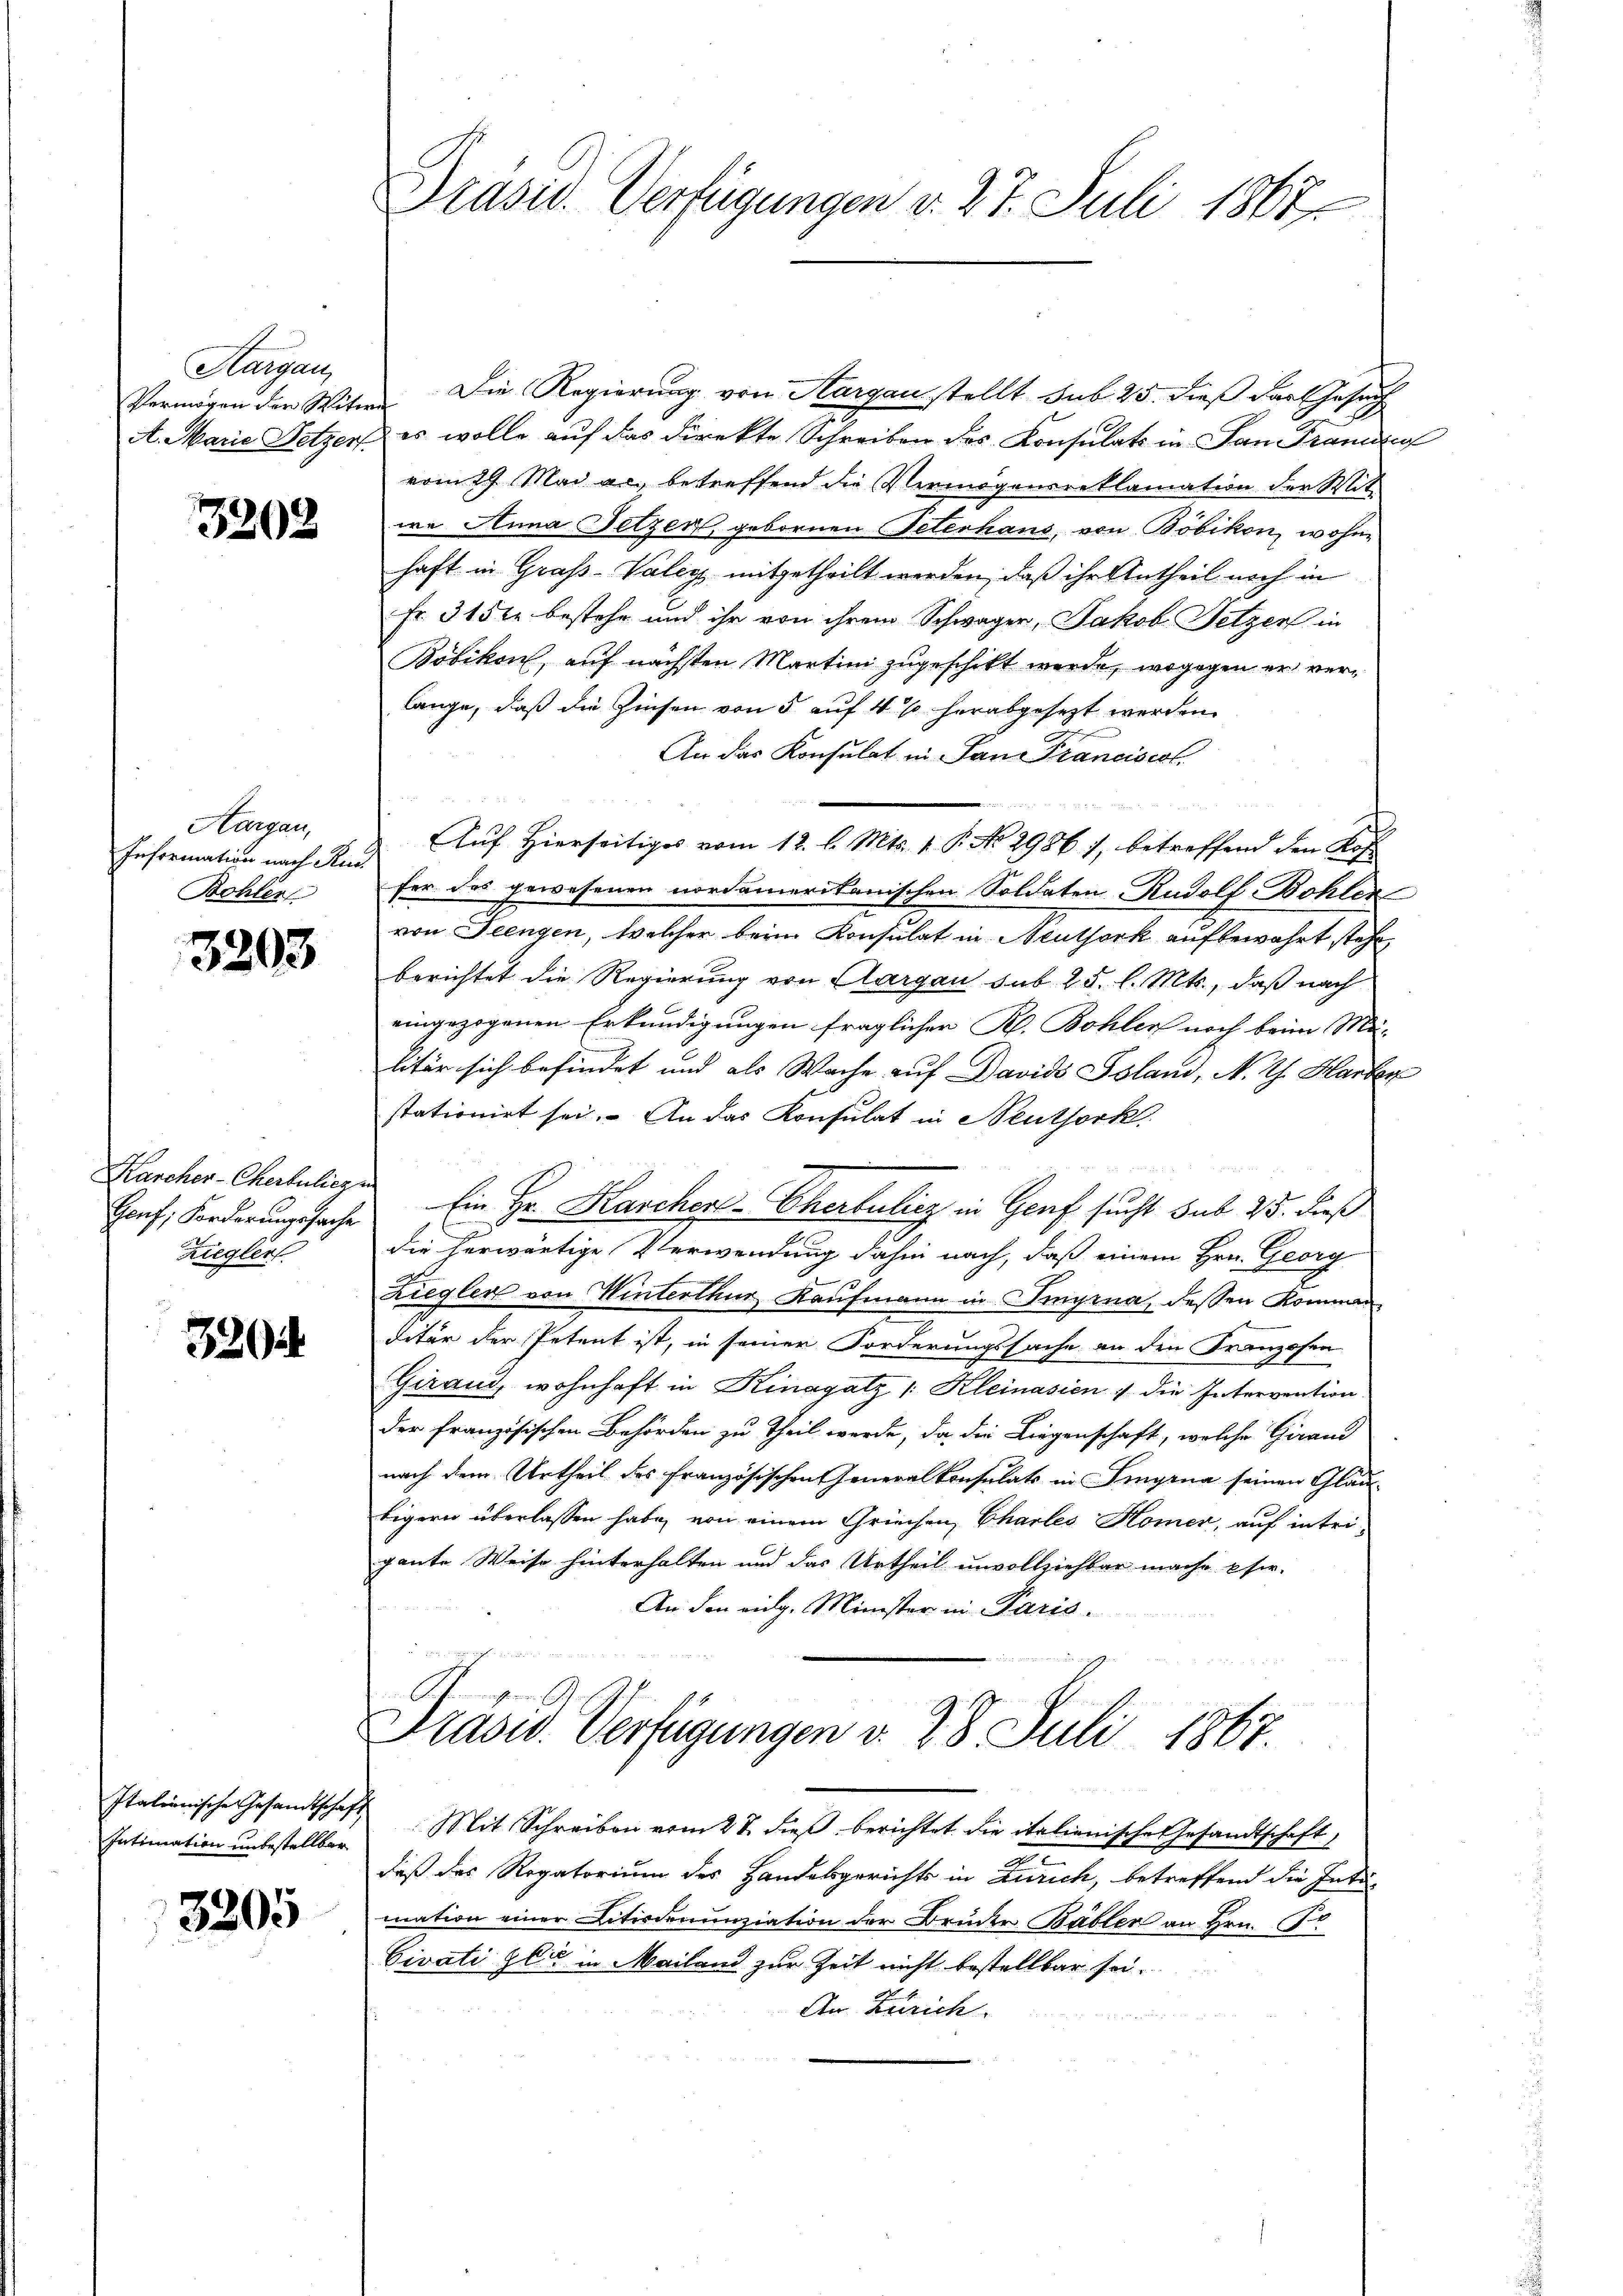
Aargau,

3208

Aargau,
Information nach Rud
Bohlen

3203

Karcher-Cherkulich
Zieglert

329

Italienische Gesandtschaft
Intimation unbestellbar

3305

Vermögen der Witwe Die Regierung von Aargau stellt sub 25. dieß der Gesuch
A. Marie Fetzer es wolle auf das direkte Schreiben des Konsulats in San Frauen
vom 29 Mai ac. betreffend die Vermögensreklamation der Mit-
wa Anna Fetzen, gebornen Peterhaus, von Böbikon, wohne
haft in Grafs-Valen mitgetheilt werden, daß ihr Antheil noch in
Fr. 3152 bestehe und ihr von ihrem Schwäger, Jakob Setzer in
Böbikon, auf nächsten Martini zugeschikt werde, wogegen er verlange, daß die Zinsen von 5 auf 4 % herabgesezt werden.
An das Konsulat in San Francisest.
Auf Hierseitiges vom 12. l. Mts. 1. P. No 29861, betreffend den Kos
fer das gewesenen nordamerikanischen Soldaten Rudolf Bohler
von Teengen, welcher beim Konsulat in Meuthork aufbewahrt stehe,
berichtet die Regierung von Aargau sub 25. l. Mts., daß nach
eingezogenen Erkundigungen fraglicher Kl. Bohler noch beim Ma-
litär sich befindet und als Wache auf Davids Ssland, N. Th. Harter
stationirt sei. An das Konsulat in Neuthork
rech
Hanf, Forderungssache Ein Hr. Kaschere-Cherbulicz in Graf sucht sub 25. dieß
die herwärtige Verwendung dahin nach, daß einem Hrn. Georg
Ziegler von Winterthur Kaufmann in Singena, dessen Komman
detur der Petent ist, in seiner Forderungssache an den Franzosen
Giraus, wohnhaft in Kinagatz /: Kleinasien & die Intervention.
der französischen Behörden zu Theil werde, da die Liegenschaft, welche Girand
nach dem Urtheil des französischen Generalkonsulats in Singena seinen Gläubigern überlassen habe, von einem Griechen Chartes Homer, auf intrigante Weise hinterhalten und das Urtheil unvollziehbar mache eher-
An den eidg. Minister in Paris.
Präsid. Verfügungen d. 28. Juli 1867.
Mit Schreiben vom 28. dieß berichtet die italienische Gesandtschaft
2
daß des Regatorium des Handesgerichts in Anrich, betreffend die Inti-
mation einer Litisdenunziation der Bruder Bäbler an Hrn. Co
Civati gli in Mailand zur Zeit nicht bestellbar sei.
An Zürich.

Präsid. Verfügungen v. 27. Juli 1867.